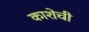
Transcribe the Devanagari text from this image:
काशेची